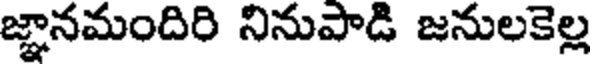
జ్ఞానమందిరి నినుపాడి జనులకెల్ల